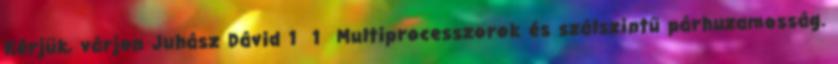
Kérjük, várjon Juhász Dávid 1 1 Multiprocesszorok és szálszintű párhuzamosság.